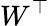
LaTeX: W^{\top}